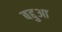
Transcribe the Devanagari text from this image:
बद्दुआ